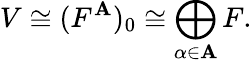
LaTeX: V\cong(F^{\mathbf{A}})_{0}\cong\bigoplus_{\alpha\in\mathbf{A}}F.